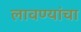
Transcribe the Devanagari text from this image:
लावण्यांचा